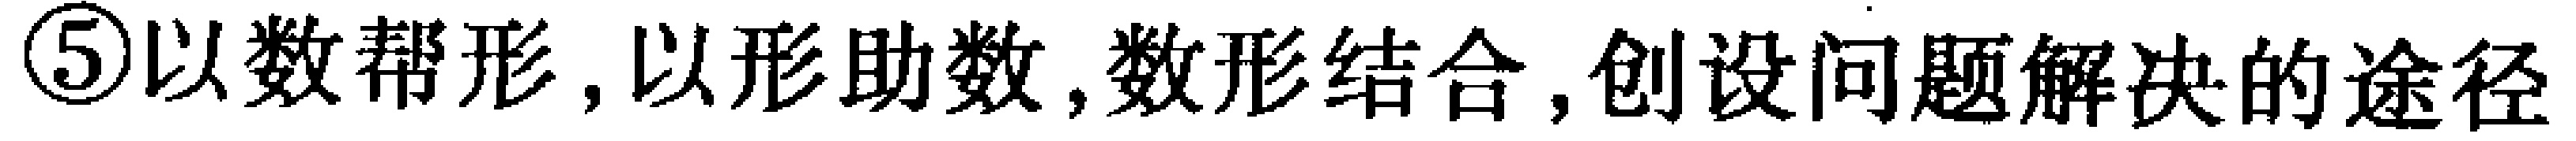
\textcircled{5}以数帮形, 以形助数, 数形结合, 创设问题解决的途径